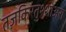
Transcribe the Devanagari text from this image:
तज़किरतुश्शोअरा